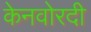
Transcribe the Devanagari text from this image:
केनवोरदी